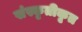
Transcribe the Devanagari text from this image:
संस्कृतीकृत